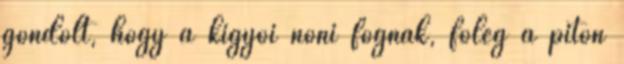
gondolt, hogy a kígyói nőni fognak, főleg a piton